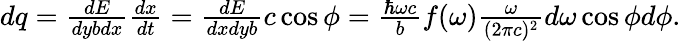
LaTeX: \begin{array}{r}{dq=\frac{dE}{dybdx}\frac{dx}{dt}=\frac{dE}{dxdyb}c\cos{\phi}=\frac{\hbar\omega c}{b}f(\omega)\frac{\omega}{(2\pi c)^{2}}d\omega\cos{\phi}d\phi{.}}\end{array}